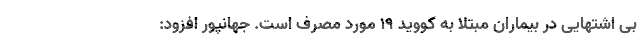
بی اشتهایی در بیماران مبتلا به کووید ١٩ مورد مصرف است. جهانپور افزود: